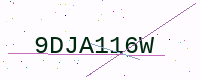
Text: 9DJA116W